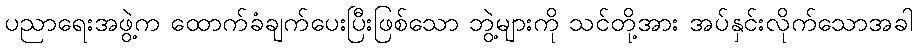
ပညာရေးအဖွဲ့က ထောက်ခံချက်ပေးပြီးဖြစ်သော ဘွဲ့များကို သင်တို့အား အပ်နှင်းလိုက်သောအခါ